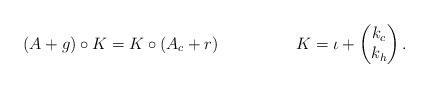
LaTeX: \begin{align*}(A + g) \circ K{}{} = K{}{} \circ (A_c +r) && K{}{} =\iota + \begin{pmatrix} k_c \\ k_h \end{pmatrix}. \end{align*}